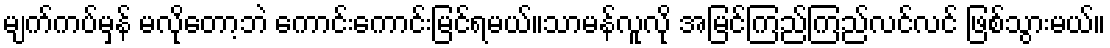
မျက်ကပ်မှန် မလိုတော့ဘဲ ကောင်းကောင်းမြင်ရမယ်။သာမန်လူလို အမြင်ကြည်ကြည်လင်လင် ဖြစ်သွားမယ်။